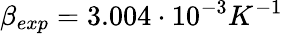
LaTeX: \beta_{exp}=3.004\cdot 10^{-3}K^{-1}